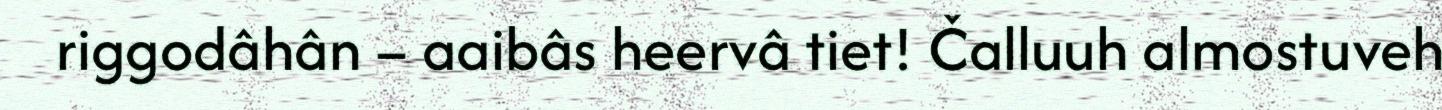
riggodâhân – aaibâs heervâ tiet! Čalluuh almostuveh